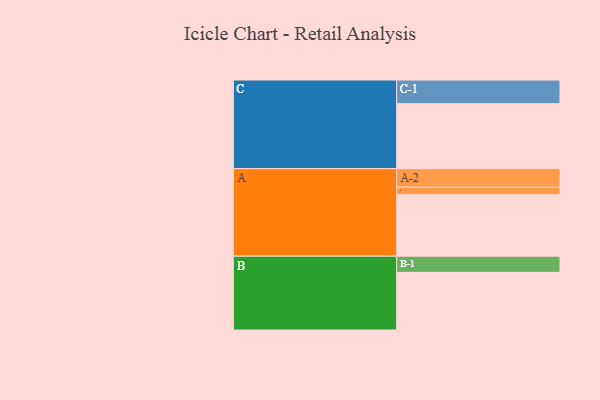
{"axis": {"x": "Segment", "y": "Value"}, "legend": ["", "A", "B", "C"], "data": [{"x": "A", "y": 517, "type": ""}, {"x": "B", "y": 485, "type": ""}, {"x": "C", "y": 547, "type": ""}, {"x": "A-1", "y": 63, "type": "A"}, {"x": "A-2", "y": 156, "type": "A"}, {"x": "B-1", "y": 136, "type": "B"}, {"x": "C-1", "y": 199, "type": "C"}]}